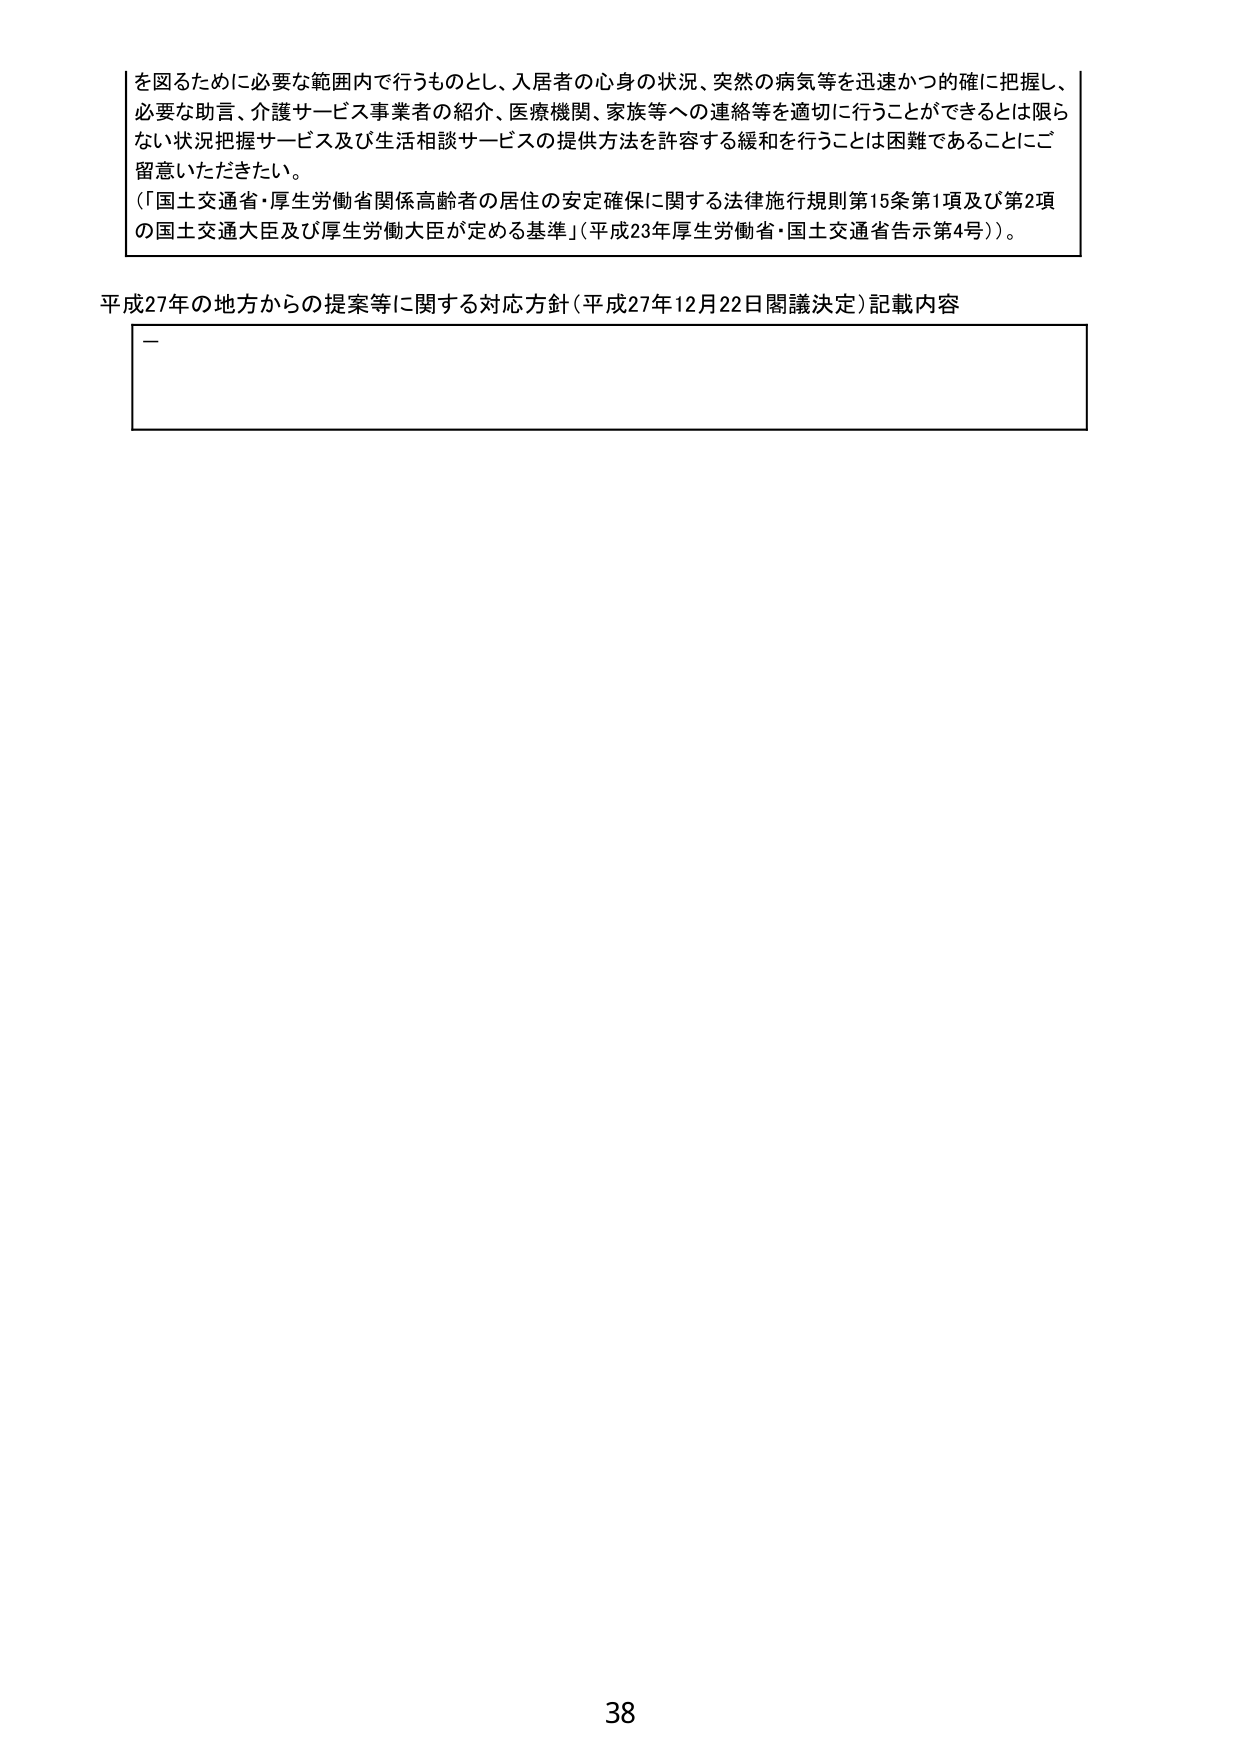
を図るために必要な範囲内で行うものとし、入居者の心身の状況、突然の病気等を迅速かつ的確に把握し、
必要な助言、介護サービス事業者の紹介、医療機関、家族等への連絡等を適切に行うことができるとは限ら
ない状況把握サービス及び生活相談サービスの提供方法を許容する緩和を行うことは困難であることにご
留意いただきたい。
（「国土交通省・厚生労働省関係高齢者の居住の安定確保に関する法律施行規則第15条第1項及び第2項
の国土交通大臣及び厚生労働大臣が定める基準」（平成23年厚生労働省・国土交通省告示第4号））。

平成27年の地方からの提案等に関する対応方針（平成27年12月22日閣議決定）記載内容
—

38